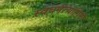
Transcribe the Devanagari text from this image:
स्वधर्मत्यागिनी